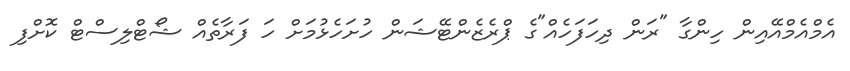
އެމްއެމްއޭއިން ހިންގާ "ރަން ދިހަފަހެއް"ގެ ޕްރެޒެންޓޭޝަން ހުށަހެޅުމަށް ހަ ފަރާތެއް ޝޯޓްލިސްޓް ކޮށްފި